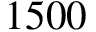
1 5 0 0